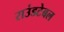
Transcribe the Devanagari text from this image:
राउंडटेबल